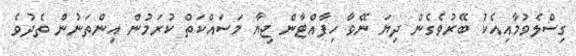
ގިސްލެވުމާއިއެކު ބޭރުވެގެން ދިޔަ ނޭވާ ހިފާއްޓާން ޖިޔާ މަސައްކަތް ކުރަމުން އިންތަނުން ތެދުވެ